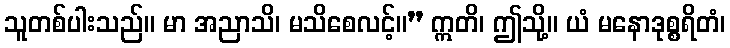
သူတစ်ပါးသည်။ မာ အညာသိ၊ မသိစေလင့်။” ဣတိ၊ ဤသို့။ ယံ မနောဒုစ္စရိတံ၊